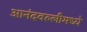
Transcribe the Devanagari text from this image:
आनंदवल्लीमध्ये